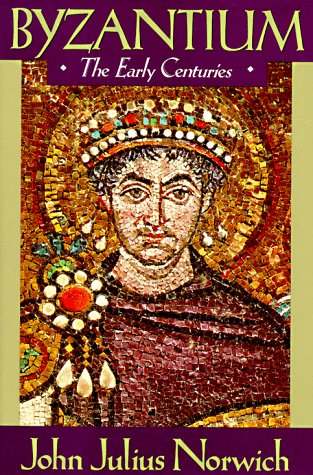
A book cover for Byzantium (I): The Early Centuries; John Julius Norwich; Christian Books & Bibles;